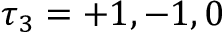
\tau _ { 3 } = + 1 , - 1 , 0